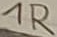
Text: 1R